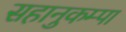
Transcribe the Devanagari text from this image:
सहानुकम्पा